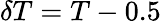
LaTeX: \delta T=T-0.5